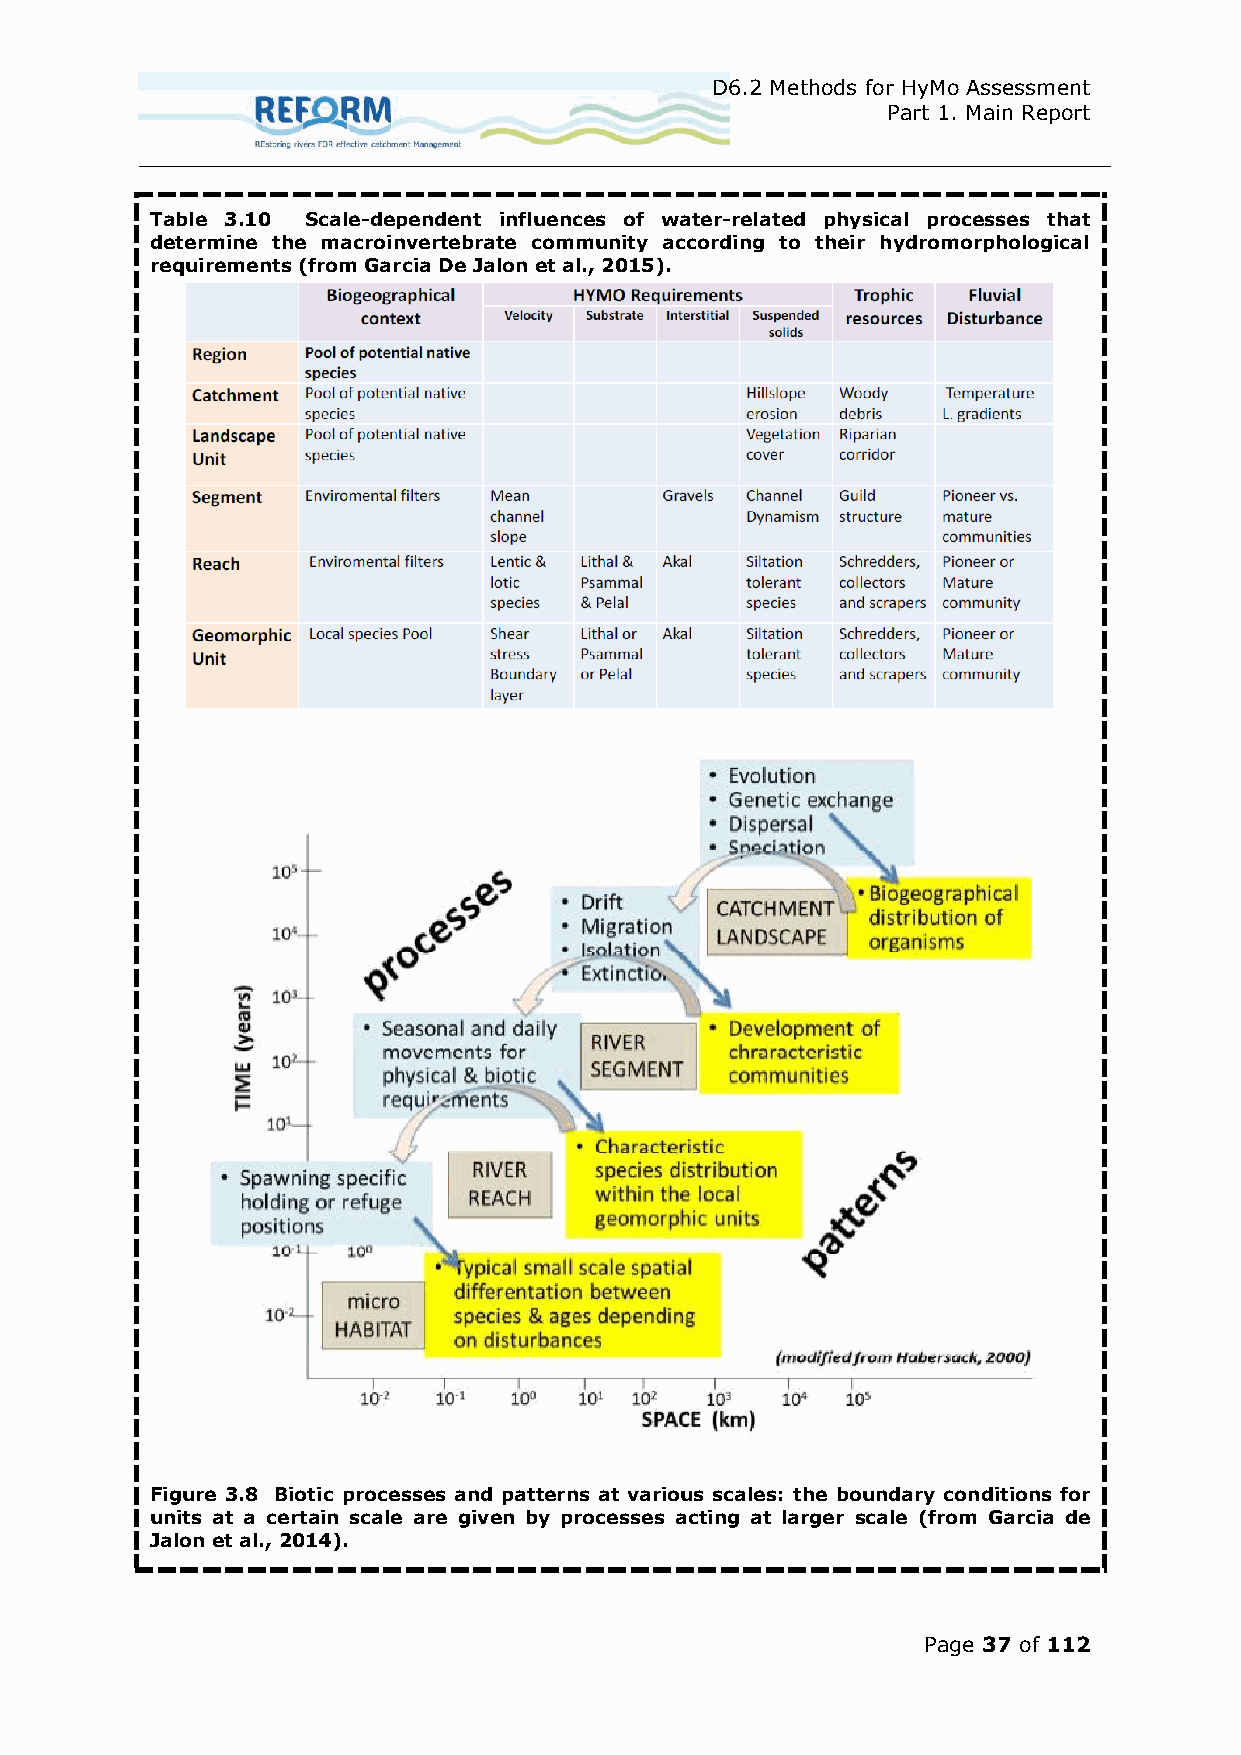
D6.2 Methods for HyMo Assessment
 Part 1. Main Report
 Table 3.10 Scale-dependent influences of water-related physical processes that
 determine the macroinvertebrate community according to their hydromorphological
 requirements (from Garcia De Jalon et al., 2015).
 Figure 3.8 Biotic processes and patterns at various scales: the boundary conditions for
 units at a certain scale are given by processes acting at larger scale (from Garcia de
 Jalon et al., 2014).
 Page 37 of 112